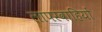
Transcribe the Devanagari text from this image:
लापरवाहियों